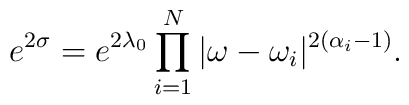
e^{2\sigma} = e^{2\lambda_{0}} \prod_{i=1}^{N} | \omega  -\omega_{i}|^{2(\alpha_{i} -1)}.